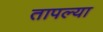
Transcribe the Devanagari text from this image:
तापल्या